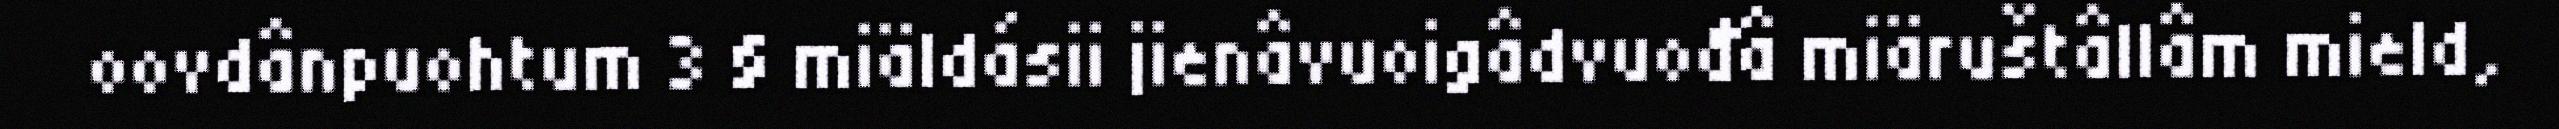
oovdânpuohtum 3 § miäldásii jienâvuoigâdvuođâ miäruštâllâm mield,